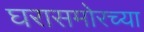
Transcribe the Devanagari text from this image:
घरासमोरच्या